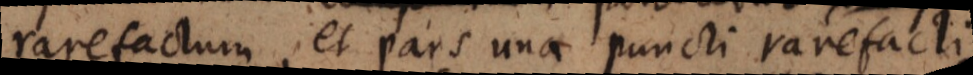
rarefactum, et pars una puncti rarefacti